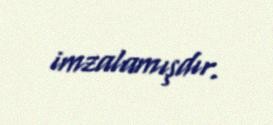
imzalamışdır.